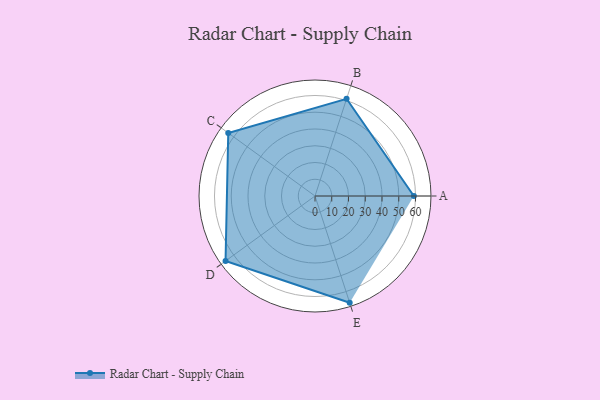
{"axis": {"x": "Skill", "y": "Score"}, "legend": ["Profile"], "data": [{"x": "A", "y": 59.0, "type": "Profile"}, {"x": "B", "y": 61.0, "type": "Profile"}, {"x": "C", "y": 64.0, "type": "Profile"}, {"x": "D", "y": 66.0, "type": "Profile"}, {"x": "E", "y": 67.0, "type": "Profile"}]}